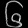
Digit: ၆